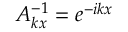
A _ { k x } ^ { - 1 } = e ^ { - i k x }